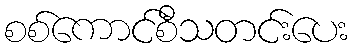
စစ်ကောင်စီသတင်းပေး